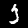
Digit: 3